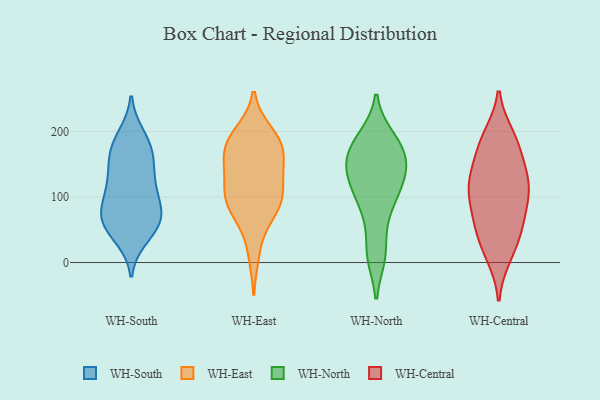
{"axis": {"x": "Headcount", "y": "Value"}, "legend": ["WH-Central", "WH-East", "WH-North", "WH-South"], "data": [{"x": "", "y": 67, "type": "WH-South"}, {"x": "", "y": 105, "type": "WH-South"}, {"x": "", "y": 171, "type": "WH-South"}, {"x": "", "y": 182, "type": "WH-South"}, {"x": "", "y": 101, "type": "WH-South"}, {"x": "", "y": 59, "type": "WH-South"}, {"x": "", "y": 40, "type": "WH-South"}, {"x": "", "y": 167, "type": "WH-South"}, {"x": "", "y": 52, "type": "WH-South"}, {"x": "", "y": 71, "type": "WH-South"}, {"x": "", "y": 149, "type": "WH-South"}, {"x": "", "y": 192, "type": "WH-South"}, {"x": "", "y": 124, "type": "WH-South"}, {"x": "", "y": 81, "type": "WH-South"}, {"x": "", "y": 65, "type": "WH-South"}, {"x": "", "y": 131, "type": "WH-South"}, {"x": "", "y": 133, "type": "WH-East"}, {"x": "", "y": 176, "type": "WH-East"}, {"x": "", "y": 182, "type": "WH-East"}, {"x": "", "y": 108, "type": "WH-East"}, {"x": "", "y": 88, "type": "WH-East"}, {"x": "", "y": 83, "type": "WH-East"}, {"x": "", "y": 148, "type": "WH-East"}, {"x": "", "y": 184, "type": "WH-East"}, {"x": "", "y": 149, "type": "WH-East"}, {"x": "", "y": 179, "type": "WH-East"}, {"x": "", "y": 108, "type": "WH-East"}, {"x": "", "y": 196, "type": "WH-East"}, {"x": "", "y": 72, "type": "WH-East"}, {"x": "", "y": 15, "type": "WH-East"}, {"x": "", "y": 95, "type": "WH-East"}, {"x": "", "y": 189, "type": "WH-North"}, {"x": "", "y": 166, "type": "WH-North"}, {"x": "", "y": 102, "type": "WH-North"}, {"x": "", "y": 191, "type": "WH-North"}, {"x": "", "y": 130, "type": "WH-North"}, {"x": "", "y": 173, "type": "WH-North"}, {"x": "", "y": 115, "type": "WH-North"}, {"x": "", "y": 64, "type": "WH-North"}, {"x": "", "y": 154, "type": "WH-North"}, {"x": "", "y": 12, "type": "WH-North"}, {"x": "", "y": 146, "type": "WH-North"}, {"x": "", "y": 144, "type": "WH-North"}, {"x": "", "y": 10, "type": "WH-North"}, {"x": "", "y": 96, "type": "WH-North"}, {"x": "", "y": 40, "type": "WH-Central"}, {"x": "", "y": 77, "type": "WH-Central"}, {"x": "", "y": 48, "type": "WH-Central"}, {"x": "", "y": 193, "type": "WH-Central"}, {"x": "", "y": 10, "type": "WH-Central"}, {"x": "", "y": 13, "type": "WH-Central"}, {"x": "", "y": 187, "type": "WH-Central"}, {"x": "", "y": 171, "type": "WH-Central"}, {"x": "", "y": 119, "type": "WH-Central"}, {"x": "", "y": 96, "type": "WH-Central"}, {"x": "", "y": 66, "type": "WH-Central"}, {"x": "", "y": 53, "type": "WH-Central"}, {"x": "", "y": 188, "type": "WH-Central"}, {"x": "", "y": 103, "type": "WH-Central"}, {"x": "", "y": 154, "type": "WH-Central"}, {"x": "", "y": 116, "type": "WH-Central"}, {"x": "", "y": 115, "type": "WH-Central"}, {"x": "", "y": 128, "type": "WH-Central"}, {"x": "", "y": 133, "type": "WH-Central"}]}